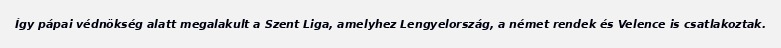
Így pápai védnökség alatt megalakult a Szent Liga, amelyhez Lengyelország, a német rendek és Velence is csatlakoztak.